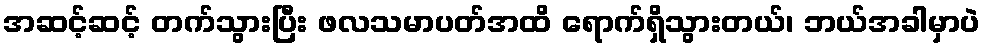
အဆင့်ဆင့် တက်သွားပြီး ဖလသမာပတ်အထိ ရောက်ရှိသွားတယ်၊ ဘယ်အခါမှာပဲ